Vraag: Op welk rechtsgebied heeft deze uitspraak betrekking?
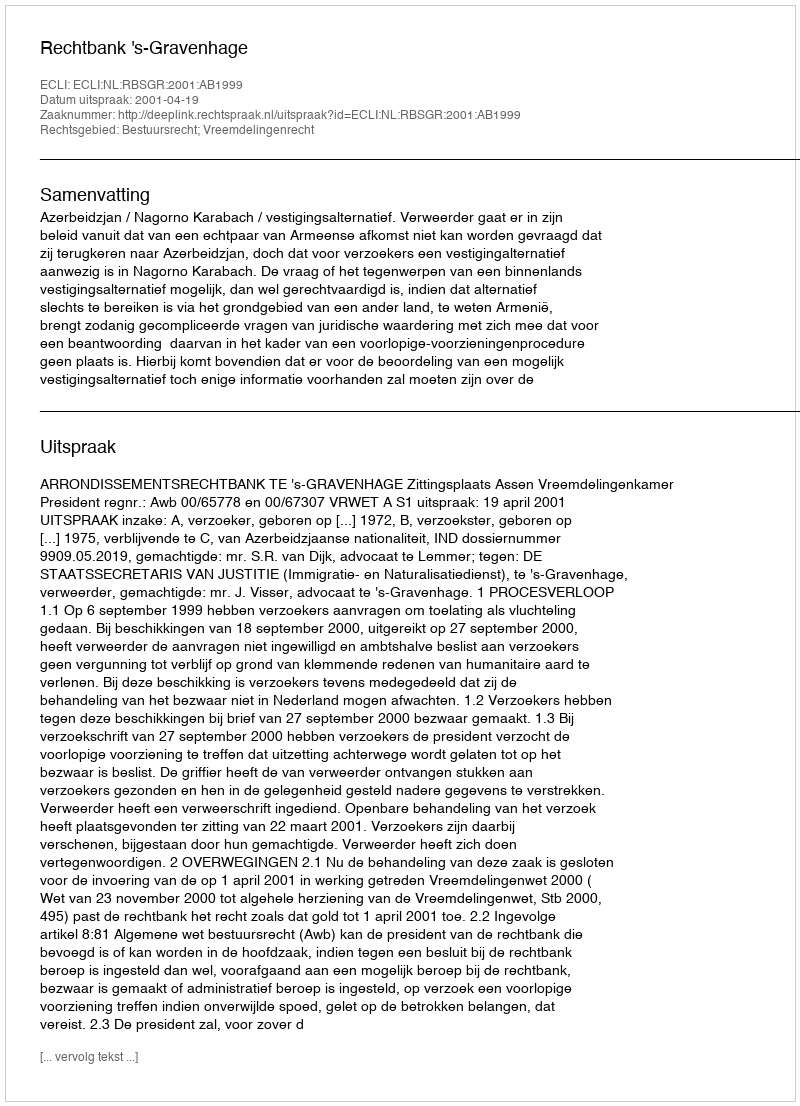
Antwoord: Bestuursrecht; Vreemdelingenrecht